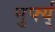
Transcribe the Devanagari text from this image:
मुर्फ्य्